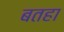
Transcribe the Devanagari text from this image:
बतहा